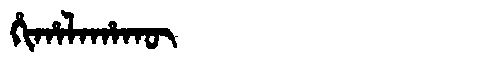
Manchu: ᡥᡳᡥᠠᠯᠠᡥᠠᡴᡡ
Romanization: HIHALAHAKŪ